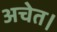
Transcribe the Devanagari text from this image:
अचेत।